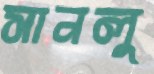
সানলু